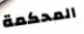
المحكمة